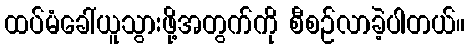
ထပ်မံခေါ်ယူသွားဖို့အတွက်ကို စီစဉ်လာခဲ့ပါတယ်။